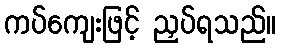
ကပ်ကျေးဖြင့် ညှပ်ရသည်။